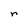
Character: r